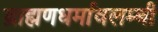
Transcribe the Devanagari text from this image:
ब्राह्मणधर्मावलम्बी